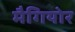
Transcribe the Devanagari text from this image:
मैगियोर